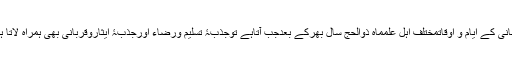
قربانی کے ایام و اوقاتمختلف اہل علمماہِ ذوالحج سال بھرکے بعدجب آتاہے توجذبۂ تسلیم ورضاء اورجذبۂ ایثاروقربانی بھی ہمراہ لاتا ہے۔